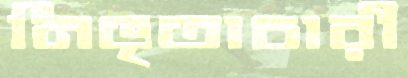
নিভৃতাচারী